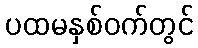
ပထမနှစ်ဝက်တွင်